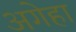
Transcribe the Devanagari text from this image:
अगेहा